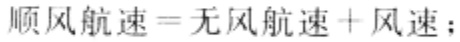
顺风航速=无风航速+风速；